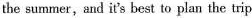
the summer,and it's best to plan the trip